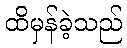
ထိမှန်ခဲ့သည်